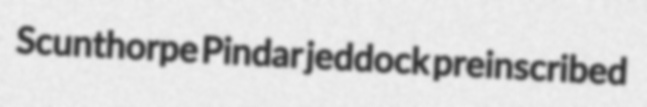
Scunthorpe Pindar jeddock preinscribed